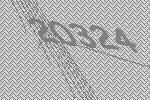
20324